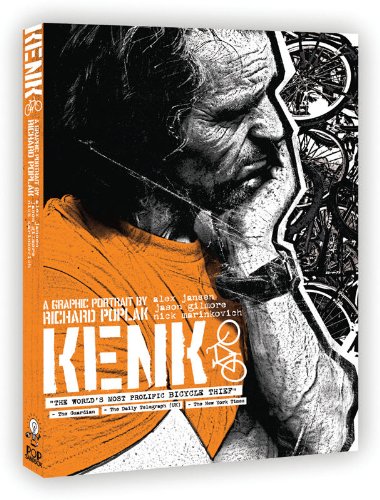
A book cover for KENK: A Graphic Portrait; Richard Poplak; Comics & Graphic Novels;